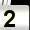
Digit: 2